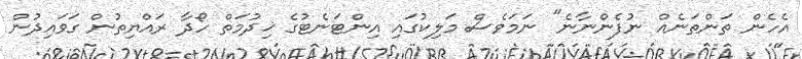
އެހެން ތަންތަނެއް ނުފެންނާނެ" ނަމަވެސް މަލިކުގައި އިންޓަނެޓުގެ ޚިދުމަތް ހޯދާ ރައްޔިތުން ގަވައިދުން